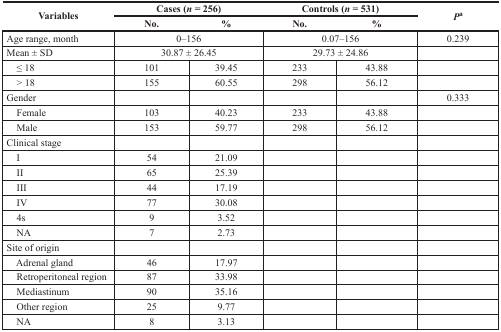
<table><thead><tr><td rowspan="2"><b>Variables</b></td><td colspan="2"><b>Cases (<i>n</i> = 256)</b></td><td colspan="2"><b>Controls (<i>n</i> = 531)</b></td><td rowspan="2"><b><i>P</i><sup>a</sup></b></td></tr><tr><td><b>No.</b></td><td><b>%</b></td><td><b>No.</b></td><td><b>%</b></td></tr></thead><tbody><tr><td>Age range, month</td><td colspan="2">0–156</td><td colspan="2">0.07–156</td><td>0.239</td></tr><tr><td>Mean ± SD</td><td colspan="2">30.87 ± 26.45</td><td colspan="2">29.73 ± 24.86</td><td></td></tr><tr><td> ≤ 18</td><td>101</td><td>39.45</td><td>233</td><td>43.88</td><td></td></tr><tr><td> &gt; 18</td><td>155</td><td>60.55</td><td>298</td><td>56.12</td><td></td></tr><tr><td>Gender</td><td></td><td></td><td></td><td></td><td>0.333</td></tr><tr><td> Female</td><td>103</td><td>40.23</td><td>233</td><td>43.88</td><td></td></tr><tr><td> Male</td><td>153</td><td>59.77</td><td>298</td><td>56.12</td><td></td></tr><tr><td>Clinical stage</td><td></td><td></td><td></td><td></td><td></td></tr><tr><td> I</td><td>54</td><td>21.09</td><td></td><td></td><td></td></tr><tr><td> II</td><td>65</td><td>25.39</td><td></td><td></td><td></td></tr><tr><td> III</td><td>44</td><td>17.19</td><td></td><td></td><td></td></tr><tr><td> IV</td><td>77</td><td>30.08</td><td></td><td></td><td></td></tr><tr><td> 4s</td><td>9</td><td>3.52</td><td></td><td></td><td></td></tr><tr><td> NA</td><td>7</td><td>2.73</td><td></td><td></td><td></td></tr><tr><td>Site of origin</td><td></td><td></td><td></td><td></td><td></td></tr><tr><td> Adrenal gland</td><td>46</td><td>17.97</td><td></td><td></td><td></td></tr><tr><td> Retroperitoneal region</td><td>87</td><td>33.98</td><td></td><td></td><td></td></tr><tr><td> Mediastinum</td><td>90</td><td>35.16</td><td></td><td></td><td></td></tr><tr><td> Other region</td><td>25</td><td>9.77</td><td></td><td></td><td></td></tr><tr><td> NA</td><td>8</td><td>3.13</td><td></td><td></td><td></td></tr></tbody></table>